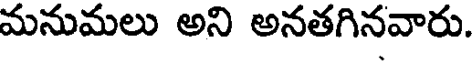
మనుమలు అని అనతగినవారు.